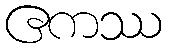
ဧကဿ